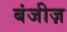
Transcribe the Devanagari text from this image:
बंजीज़